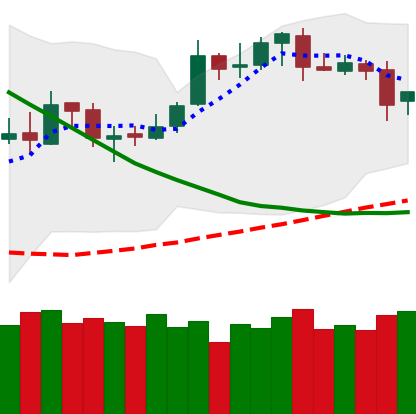
Ticker: BTC-USD
Chart end date: 2019-03-26
Forward return: 3.019%
Label: up_3_5